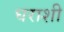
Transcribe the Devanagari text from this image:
घराशी